King Institute of Preventive Medicine Micro-Biological Section reports 1912-19
Year: 1912
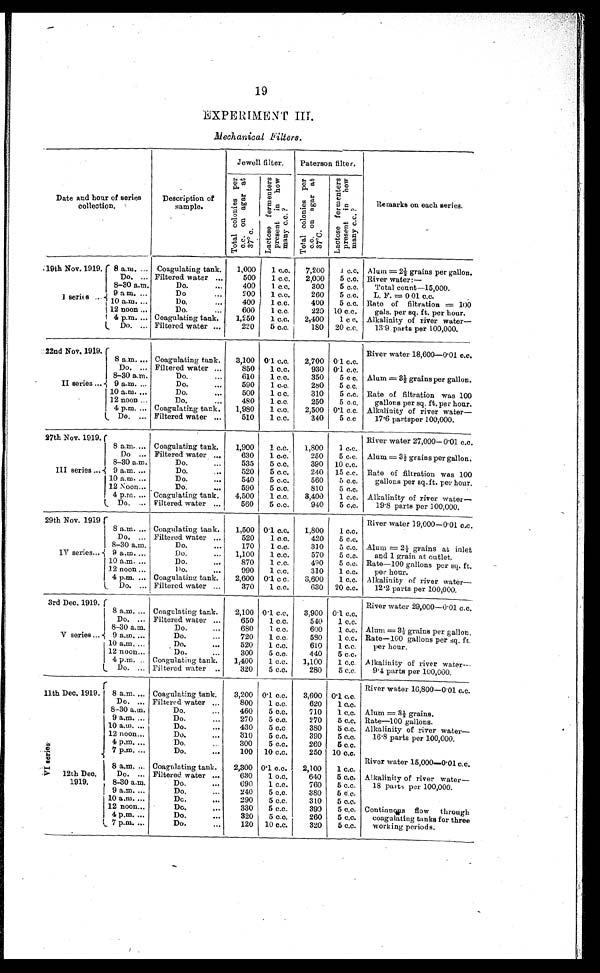
19
EXPERIMENT III.
Mechanical Filters.
Date and hour of series
collection.
Description of
sample.
Jewell filter.
Paterson filter.
Remarks on each series.
T o t a l c o l o n i e s p e r c . c . o n a g a r a t 3 7 º c .
L a c t o s e f e r m e n t e r s p r e s e n t i n h o w m a n y c . c . ?
T o t a l c o l o n i e s p e r c . c . o n a g a r a t 3 7 º C .
L a c t o s e f e r m e n t e r s p r e s e n t i n h o w m a n y c . c . ?
19th Nov. 1919.
I
series 6 ...
8 a.m. ... Coagulating tank.
1,000
1 c.c.
7,200
1 c.c. Alum = 21/2 grains per gallon.
Do. ... Filtered water ...
500
1 c.c.
2,000 5 c.c. River water:—
8-30 a.m.
Do.
...
400
1 c.c.
300 5 c.c.
Total count—15,000.
9 a m. ...
Do
...
200
1 c.c.
260
5 c.c. L. F. = 0 01 c.c.
10 a.m. ...
Do. ...
400
1 c.c.
400
5 c.c. Rate of filtration = 100
12 noon ...
4 p.m. ...
Do.
...
Coagulating tank.
600
1,250
1 c.c.
1 c.c.
220
2,400
10 c.c.
1 c c.
gals. per sq. ft. per hour.
Alkalinity of river water—
Do. ... Filtered water ...
220
5 c.c.
180 20 c.c.
13.9 parts per 100,000.
22nd Nov. 1919.
River water 18,600—0.01 c.c.
II series ...
8 a.m. ... Coagulating tank.
3,100 0.1 c.c.
2,700 0.1 c.c.
Do. ... Filtered water ...
850
1 c.c.
930 0.1 c.c.
8-30 a.m.
Do.
...
610
1 c.c.
350
5 c c. Alum = 31/2 grains per gallon.
9 a.m. ...
Do.
...
590
1 c.c.
280
5 c.c.
10 a.m. ...
Do.
...
500
1 c c.
310
5 c.c. Rate of filtration was 100
12 noon ...
Do.
...
480
1 c.c.
250
5 c.c.
gallons per sq. ft. per hour.
4 p.m. ... Coagulating tank.
1,980
1 c.c.
2,500 0.1 c.c. Alkalinity of river water—
Do. ... Filtered water ...
510
1 c.c.
340 5 c.c
17.6 partsper 100,000.
27th Nov. 1919.
River water 27,000—0.01 c.c.
III series ...
8 a.m. ... Coagulating tank.
1,900
1 c.c.
1,800
1 c.c.
Do ... Filtered water ...
630 1 c.c.
250
5 c.c. Alum = 31/2 grains per gallon.
8-30 a.m.
Do.
...
535
5 c.c.
390 10 c.c.
9 a.m. ...
Do.
...
520
5 c.c.
240 15 c.c. Rate of filtration was 100
10 a.m. ...
Do.
...
540
5 c.c.
560
5 c.c.
gallons per sq. ft. per hour.
12 Noon... Do.
...
590
5 c.c.
810
5 c.c.
4 p.m. ... Coagulating tank.
4,500
1 c.c.
3,400
1 c.c. Alkalinity of river water
—
Do. ... Filtered water ...
560
5 c.c.
940
5 c.c.
19.8 parts per 100,000.
29th Nov. 1919
River water 19,000—0.01 c.c.
IV series...
8 a.m. ... Coagulating tank.
1,500 0.1 c.c.
1,800
1 c.c.
Do. ... Filtered water ...
520
1 c.c.
420
5 c.c.
8-30 a.m.
Do.
...
170
1 c.c.
310
5 c.c. Alum = 21/2 grains at inlet
9 a.m. ...
Do.
... 1,1.00
1 c.c.
570
5 c.c.
and 1 grain at outlet.
10 a.m. ...
Do.
...
870
1 c.c.
490
5 c.c. Rate—100 gallons per sq. ft.
12 noon ...
Do.
...
990
1 c.c.
310 1 c.c.
per hour.
4 p.m. ... Coagulating tank.
2,600 0.1 c c.
3,600
1 c.c. Alkalinity of river water—
Do. ... Filtered water ...
370 1 c.c.
630 20 c.c.
12.2 parts per 100,000.
3rd Dec. 1919.
River water 29,000—0.01 c.c.
V series ...
8 a.m. ... Coagulating tank.
2,100 0.1 c.c.
3,900 0.1. c.c.
Do. ... Filtered water ...
650
1 c.c.
540
1 c.c.
8-30 a.m.
Do.
...
680
1 c.c.
600
1 c.c. Alum = 31/2 grains per gallon.
9 a.m. ...
Do.
...
720
1 c.c.
580
1 c.c. Rate—100 gallons per sq. ft.
10 a.m. ...
Do.
520
1 c.c.
610
1 c.c.
per hour.
12 noon...
Do.
...
300
5 c.c.
440
5 c.c.
4 p.m. .. Coagulating tank.
1,400
1 c.c.
1,100
1 c.c. Alkalinity of river water
—
Do. ... Filtered water ..
320
5 c.c.
280
5 c.c.
9.4 parts per 100,000.
VI Seri es Dec. 1919.
River water 16,800—0.01 c.c.
8 a.m. ... Coagulating tank.
3,200 0.1 c.c.
3,600 0.1 c.c.
Do. ... Filtered. water ...
800
1 c.c.
620
1 c.c.
8-30 a.m.
Do.
...
460
5 c.c.
710
1 c.c. Alum = 31/2 grains.
9 a.m. ...
Do.
270
5 c.c.
270 5 c.c. Rate—100 gallons.
10 a.m. ...
Do.
...
430
5 c.c
380
5 c.c. Alkalinity of river water
—
12 noon...
Do.
...
310
5 c.c.
390
5 c.c.
16.8 parts per 100,000.
4 p.m. ...
Do.
300
5 c.c.
260
5 c.c.
7 p.m.
Do.
...
100 10 c.c.
250 10 c.c.
12th Dec.
1919.
River water 15,000...0.01 c.c.
8 a.m. ... Coagulating tank.
2,300 0.1 c.c.
2,100
1 c.c.
Do. ... Filtered water ...
630
1 c.c.
640
5 c.c. Alkalinity of river water—.
8-30 a.m.
Do.
...
690
1 c.c.
760 5 c.c.
18 parts per 100,000.
9 a.m. ...
Do.
...
240
5 c.c.
380 5 c.c.
10 a.m. ...
Do.
...
290
5 c.c.
310
5 c.c.
12 noon...
Do.
...
330 5 c.c.
390 5 c,c. Continuous flow through
4 p.m. ...
Do.
...
320 5 c.c.
260 5 c.c.
coagulating tanks for three
7 p.m. ...
Do.
...
120 10 c.c.
320
5 c.c.
working periods.